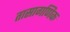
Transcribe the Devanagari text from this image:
तासागणिक